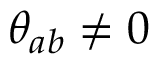
\theta _ { a b } \neq 0